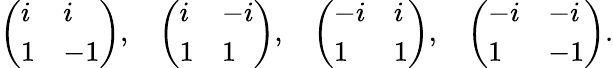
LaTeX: \left(\begin{array}{ll}{i}&{i}\\ {1}&{-1}\end{array}\right),\ \ \ \left(\begin{array}{ll}{i}&{-i}\\ {1}&{1}\end{array}\right),\ \ \ \left(\begin{array}{ll}{-i}&{i}\\ {1}&{1}\end{array}\right),\ \ \ \left(\begin{array}{ll}{-i}&{-i}\\ {1}&{-1}\end{array}\right).